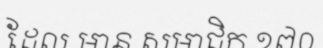
ដែល មាន សមាជិក ១៧០